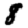
Digit: 8